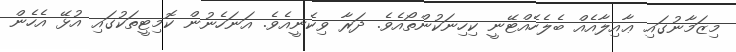
މިޒަމާނުގައި ޢާއިލާއެއް ބެލެހެއްޓޭނީ ކިހިނަކުންތޯއެވެ. ދަރާ ވިކެނީއެވެ. އަނަހެނުން ކޮމިޓީތަކުގައި އުޅޭ އެހެން